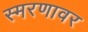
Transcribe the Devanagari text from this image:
स्मरणावर